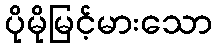
ပိုမိုမြင့်မားသော